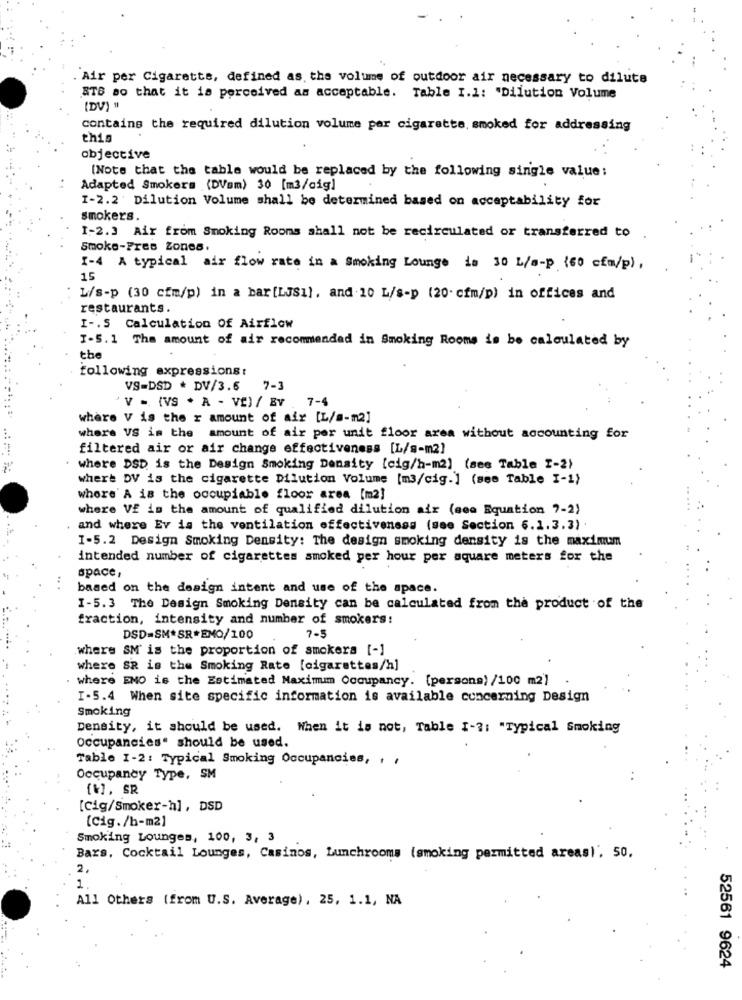
. Air per Cigarette, defined as, the volume of outdoor air necessary to dilute
STB so that it is perceived as acceptable. Table I.1: "Dilution Volume
[DV) "
contains the required dilution volume par cigarette, smoked for addressing
thig
objective
(Note that the table would be replaced by the following single value:
Adapted Smokers (DVsm) 30 [m3/cig]
I-2.2 Dilution Volume shall be determined based on acceptability for
smokers.
1-2.3 Air from Smoking Rooms shall not be recirculated or transferred to
Smoke-Pres Zones.
1-4 A typical air flow rate in a Smoking Lounge ia 30 L/a-p {60 cfm/p),
15
L/s-p (30 cfm/p) in a bar[LJS1), and 10 L/s-p (20. cfm/p) in offices and
restaurants.
I -. S Calculation Of Airflow
I-S.1 The amount of air recommended in Smoking Rooms is be calculated by
the
following expressions:
VS-DSD * DV/3.6
7-3
'V = (VS . A - VE) / BV
7-4
where V is the r amount of air [L/a-m2]
where VS is the amount of air per unit floor area without accounting for
filtered air or air change effectiveness [L/s-m2]
where DSD is the Design Smoking Density [cig/h-m2] (see Table I-2)
where DV is the cigarette Dilution Volume [m3/cig.] (see Table I-1)
where' A is the occupiable floor area [m2]
where VE is the amount of qualified dilution air (see Equation 7-2)
and where Ev is the ventilation effectiveness (see Section 6.1.3.3)
I-5.2 Design Smoking Density: The design smoking density is the maximum
intended number of cigarettes smoked per hour per square meters for the
space,
based on the design intent and use of the space.
I-5.3 The Design Smoking Density can be calculated from the product of the
fraction, intensity and number of smokers:
DSD=SM*SR*EMO/100
7-5
where SM' is the proportion of smokers [-]
where SR is the Smoking Rate [cigarettes/h]
where ENO is the Estimated Maximum Occupancy. [persons) /100 m2)
I-5.4 When site specific information is available concerning Design
Smoking
Density, it should be used. When it is not, Table I-3: "Typical Smoking
occupancies" should be used.
Table 1-2: Typical Smoking Occupancies, , ,
Occupancy Type, SM
[%], SR
[Cig/Smoker-hl, DSD
[Cig./h-m2]
Smoking Lounges, 100, 3, 3
Bars, Cocktail Lounges, Casinos, Lunchrooms (smoking permitted areas)', 50,
2.
1
All Others (from U.S. Average), 25, 1.1, NA
52561 9624